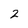
Character: 2